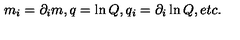
m _ { i } = \partial _ { i } m , q = \ln Q , q _ { i } = \partial _ { i } \ln Q , e t c .